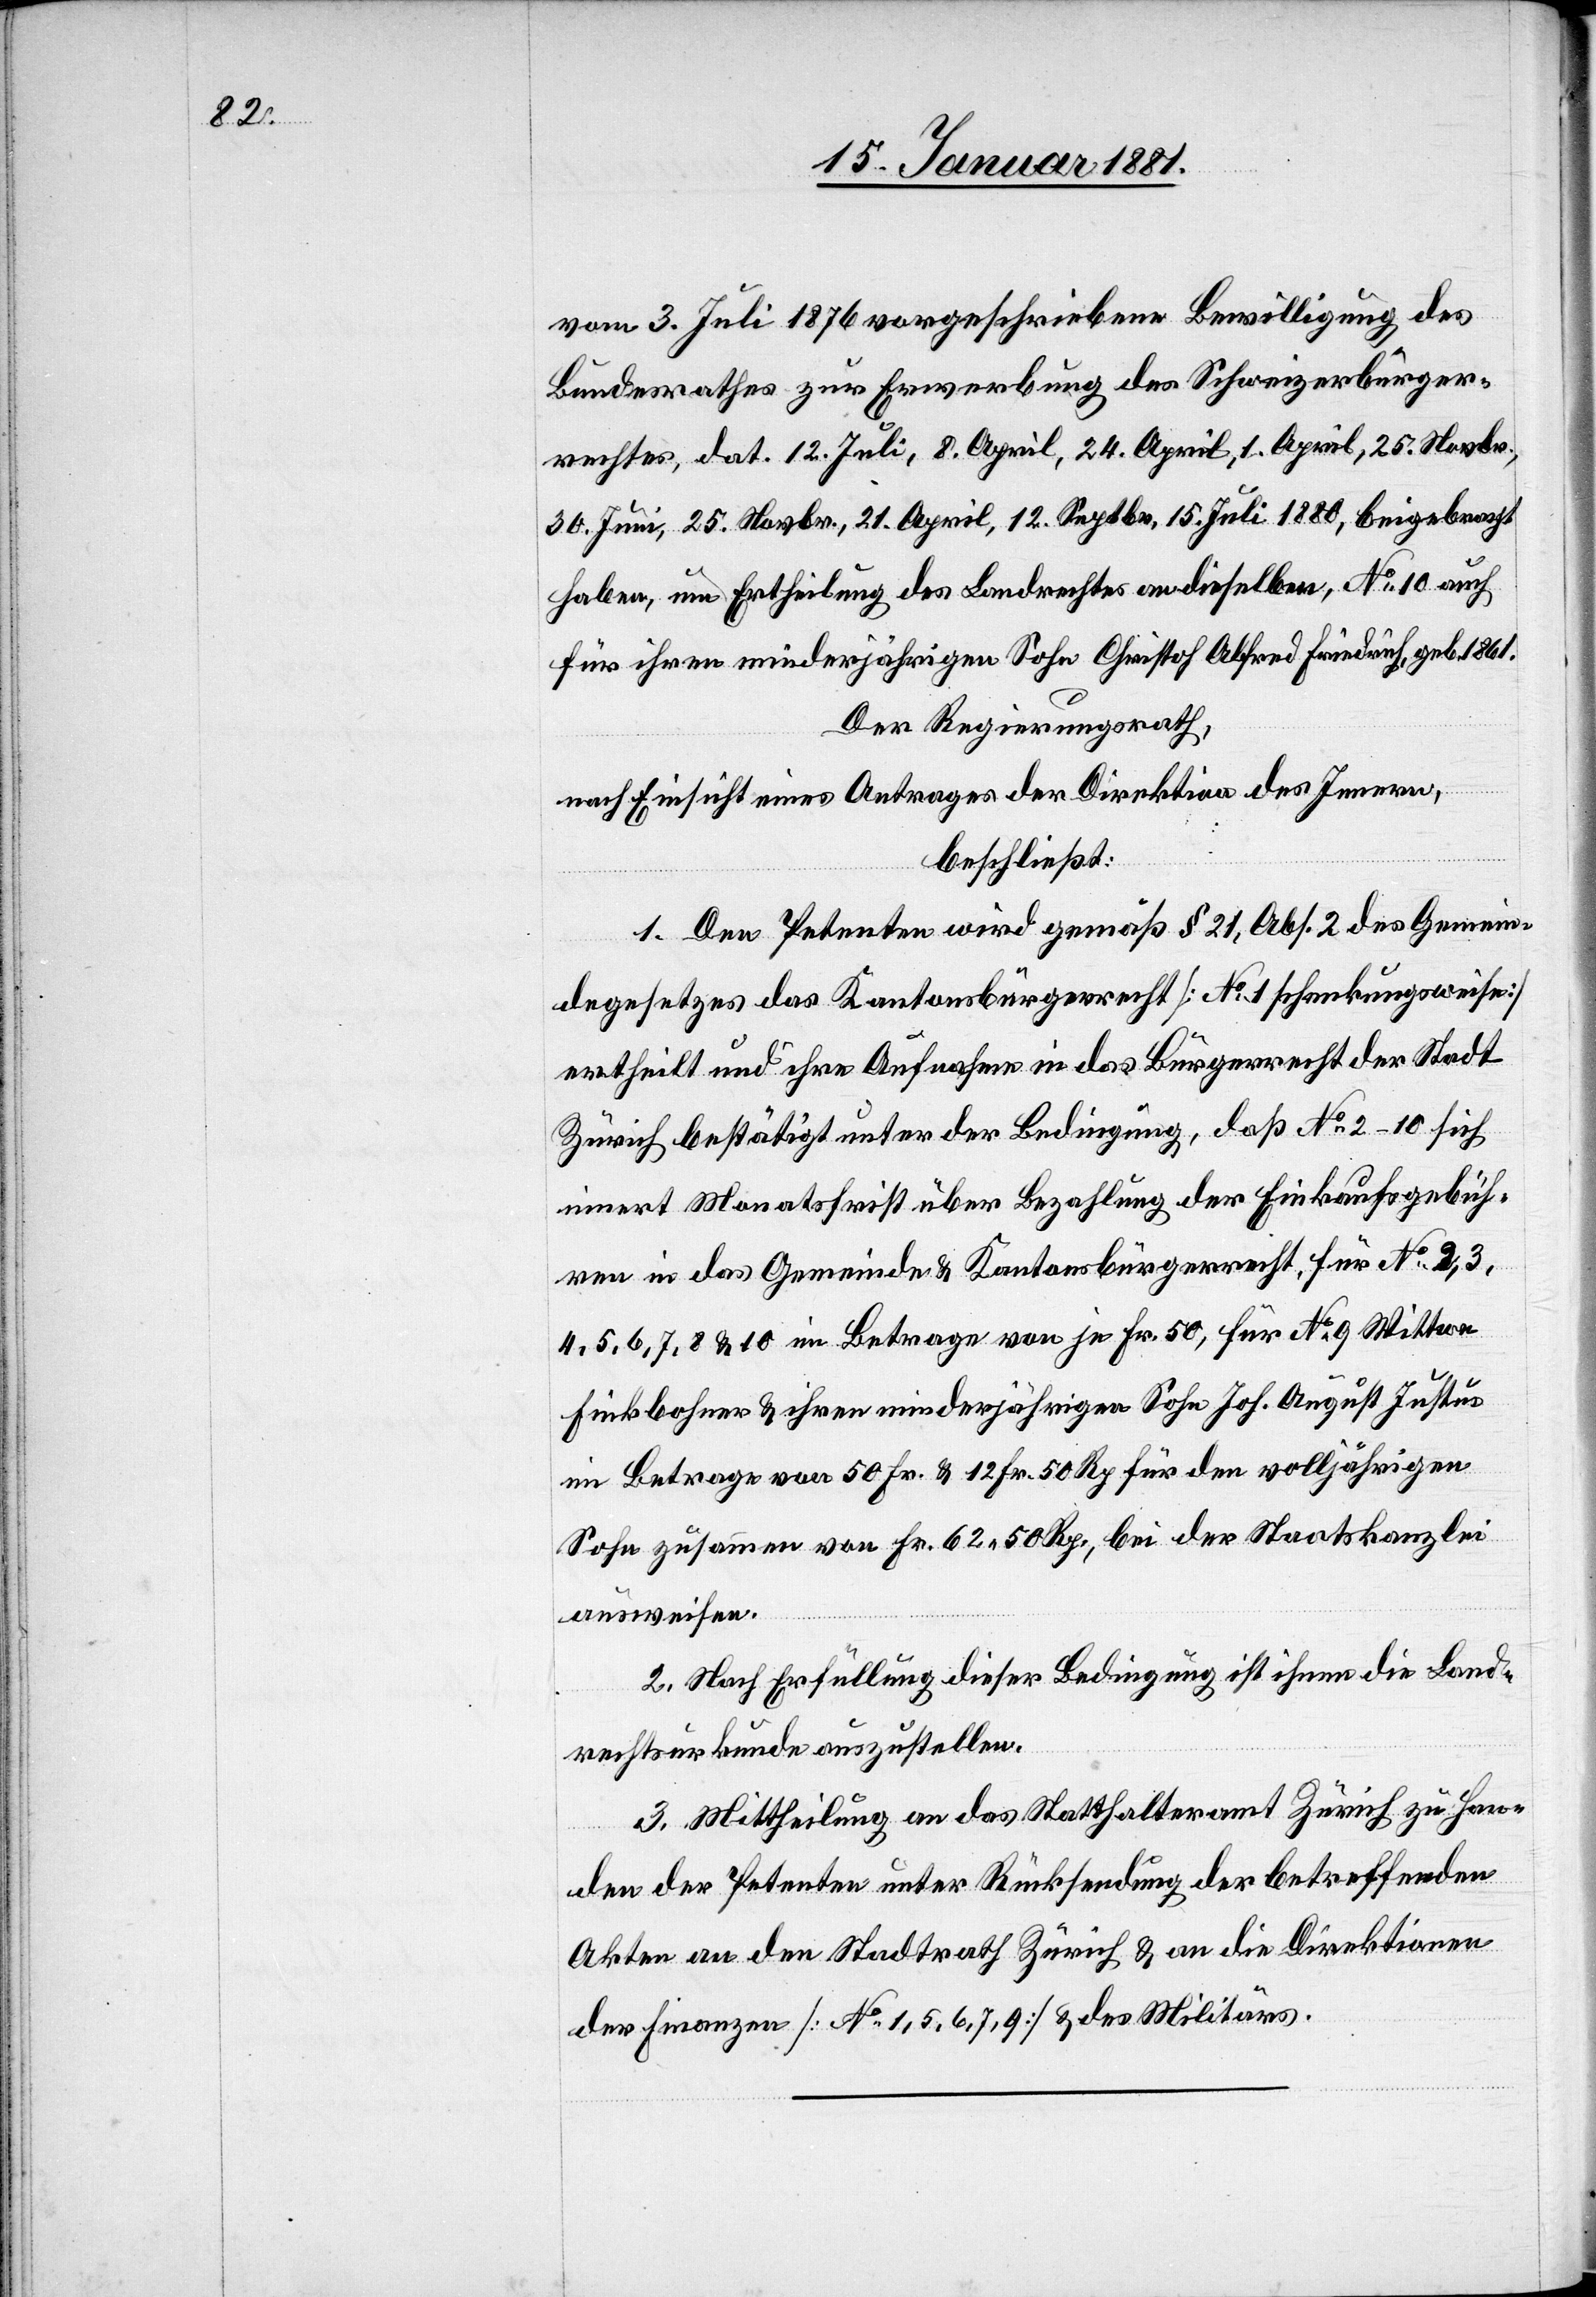
vom 3. Juli 1876 vorgeschriebene Bewilligung des
Bundesrathes zur Erwerbung des Schweizerbürger¬
rechtes, dat. 12. Juli, 8. April, 24. April, 1. April, 25. Novbr.,
30. Juni, 25. Novbr., 21. April, 12. Septbr., 15. Juli 1880, beigebracht
haben, um Ertheilung des Landrechtes an dieselben No 10 auch
für ihren minderjährigen Sohn Christof Alfred Friedrich, geb. 1861.
Der Regierungsrath,
nach Einsicht eines Antrages der Direktion des Innern,
beschließt:
1. Den Petenten wird gemäß § 21 des Gemein¬
degesetzes das Kantonsbürgerrecht [No 1 schenkungsweise]
ertheilt und ihre Aufnahme in das Bürgerrecht der Stadt
Zürich bestätigt unter der Bedingung, daß No 2–10 sich
innert Monatsfrist über Bezahlung der Einkaufsgebüh¬
ren in das Gemeinde[-] & Kantonsbürgerrecht, für No 2, 3,
4, 5, 6, 7, 8 & 10 im Betrage von je Fr. 50, für No 9 Wittwe
Finkbohner & ihren minderjährigen Sohn Joh. August Justus
im Betrage von 50 Fr. & 12 Fr. 50 Rp. für den volljährigen
Sohn zusammen von Fr. 62 50 Rp., bei der Staatskanzlei
ausweisen.
2. Nach Erfüllung dieser Bedingung ist ihnen die Land¬
rechtsurkunde auszustellen.
3. Mittheilung an das Statthalteramt Zürich zu Han¬
den der Petenten unter Rücksendung der betreffenden
Akten an den Stadtrath Zürich & an die Direktionen
der Finanzen [No 1, 5, 6, 7, 9] & des Militärs.